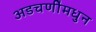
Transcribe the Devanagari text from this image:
अडचणींमधुन